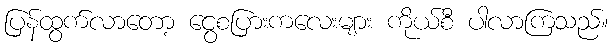
ပြန်ထွက်လာတော့ ငွေစပြားကလေးများ ကိုယ်စီ ပါလာကြသည်။